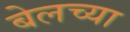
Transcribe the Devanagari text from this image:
बेलच्या